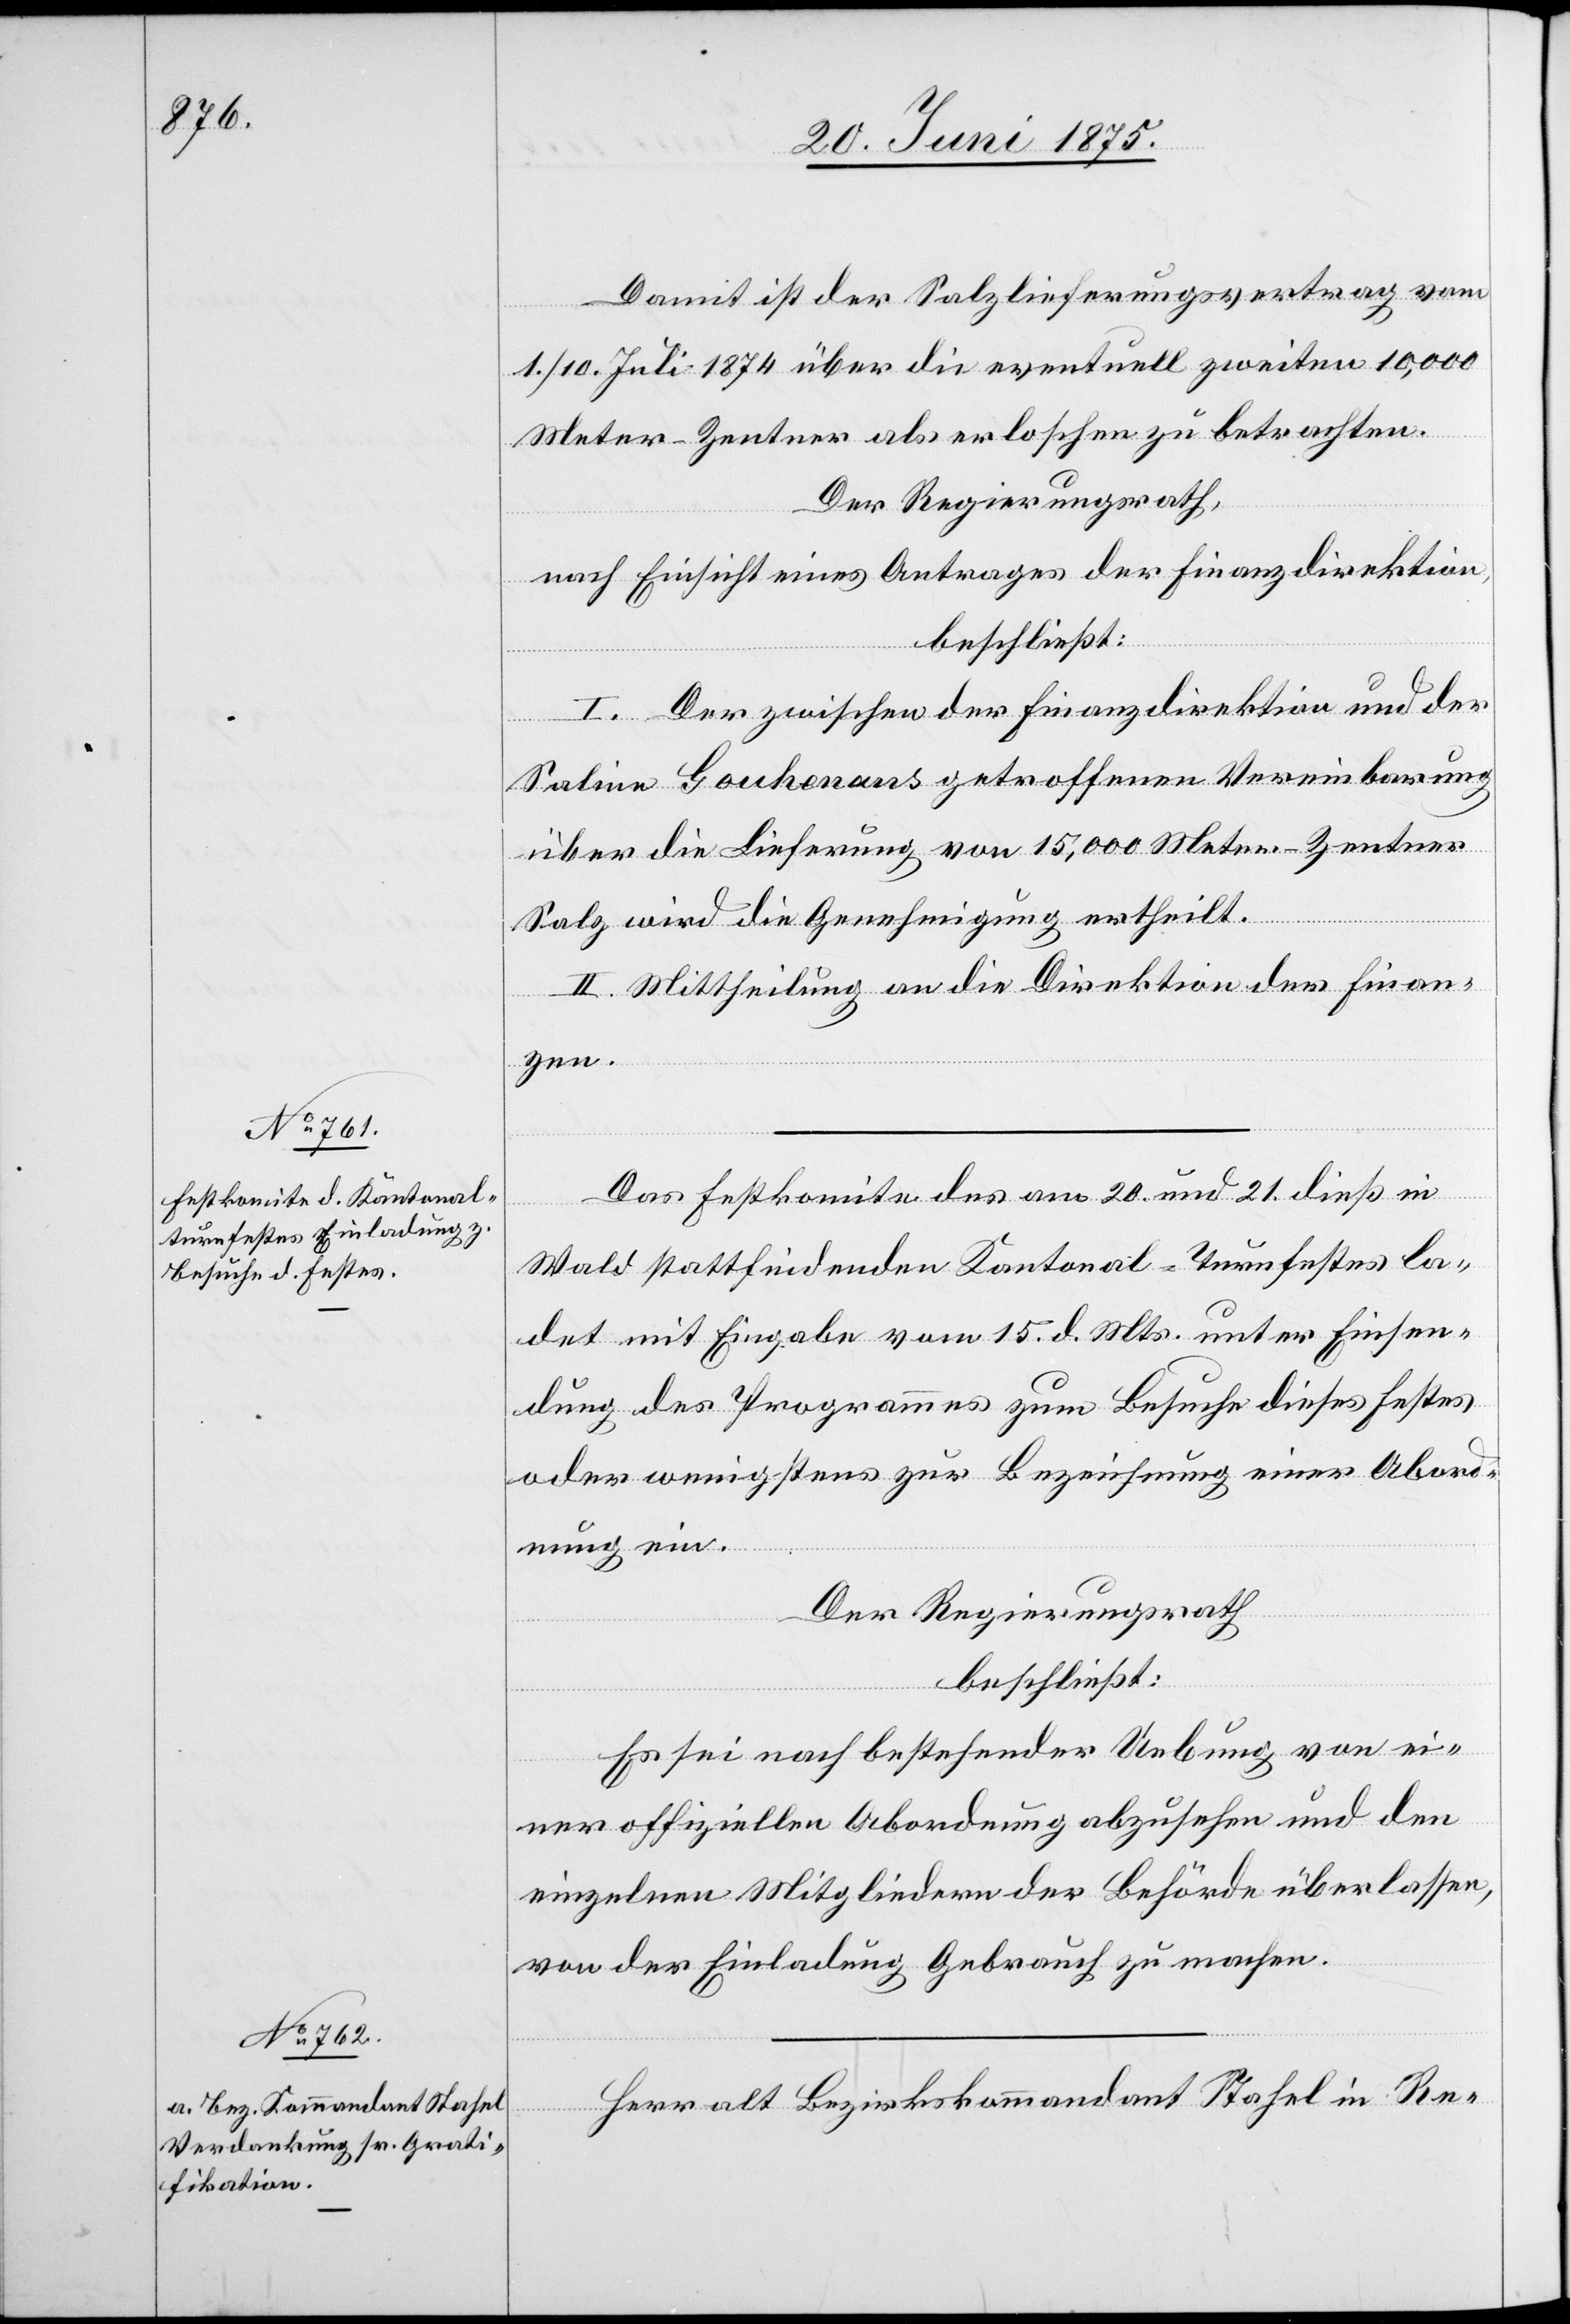
Damit ist der Salzlieferungsvertrag vom
1./10. Juli 1874 über die eventuell zweiten 10,000
Meter-Zentner als erloschen zu betrachten.
Der Regierungsrath,
nach Einsicht eines Antrages der Finanzdirektion,
beschließt:
I. Der zwischen der Finanzdirektion und der
Saline Gouhenans getroffenen Vereinbarung
über die Lieferung von 15,000 Meter-Zentner
Salz wird die Genehmigung ertheilt.
II. Mittheilung an die Direktion der Finan¬
zen.
Das Festkomite des am 20. und 21. dieß in
Wald stattfindenden Kantonal-Turnfestes la¬
det mit Eingabe vom 15. d. Mts unter Einsen¬
dung des Programmes zum Besuche dieses Festes
oder wenigsten zur Bezeichnung einer Abord¬
nung ein.
Der Regierungsrath
beschließt:
Es sei nach bestehender Uebung von ei¬
ner offiziellen Abordnung abzusehen und den
einzelnen Mitgliedern der Behörde überlassen,
von der Einladung Gebrauch zu machen.
Herr alt Bezirkskommandant Stahel in Re-